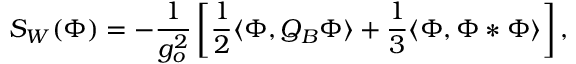
S _ { W } ( \Phi ) = - \frac { 1 } { g _ { o } ^ { 2 } } \left[ \frac { 1 } { 2 } \langle \Phi , Q _ { B } \Phi \rangle + \frac { 1 } { 3 } \langle \Phi , \Phi * \Phi \rangle \right] ,